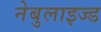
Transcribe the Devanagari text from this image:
नेबुलाइज्ड